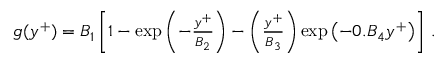
\begin{array} { r } { g ( y ^ { + } ) = B _ { 1 } \left[ 1 - \exp \left( - \frac { y ^ { + } } { B _ { 2 } } \right) - \left( \frac { y ^ { + } } { B _ { 3 } } \right) \exp \left( - 0 . B _ { 4 } y ^ { + } \right) \right] \, . } \end{array}